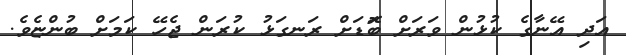
އަދި އޭނާގެ ކުޅުން ވަރަށް ބޮަޑަށް ރަނގަޅު ކުރަން ޖެހޭ ކަމަށް ބުންޏެވެ.